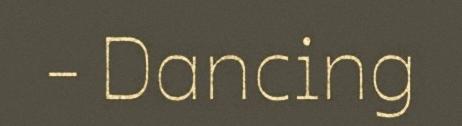
- Dancing